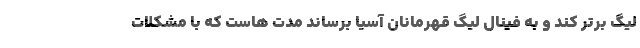
لیگ برتر کند و به فینال لیگ قهرمانان آسیا برساند مدت هاست که با مشکلات